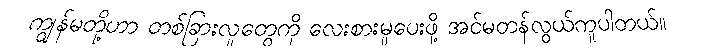
ကျွန်မတို့ဟာ တစ်ခြားလူတွေကို လေးစားမှုပေးဖို့ အင်မတန်လွယ်ကူပါတယ်။